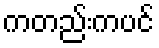
ကတည်းကပင်